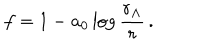
f = 1 - a _ { 0 } \log \frac { r _ { \Lambda } } { r } \, .